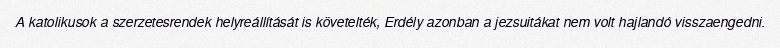
A katolikusok a szerzetesrendek helyreállítását is követelték, Erdély azonban a jezsuitákat nem volt hajlandó visszaengedni.